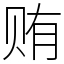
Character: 贿